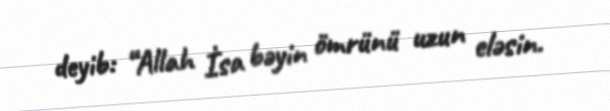
deyib: “Allah İsa bəyin ömrünü uzun eləsin.